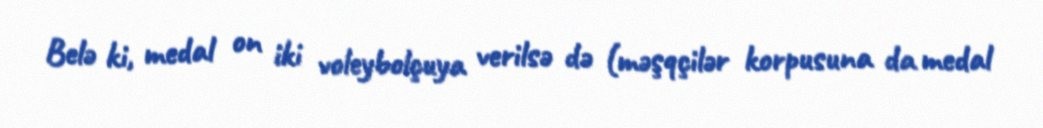
Belə ki, medal on iki voleybolçuya verilsə də (məşqçilər korpusuna da medal